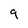
Character: 9